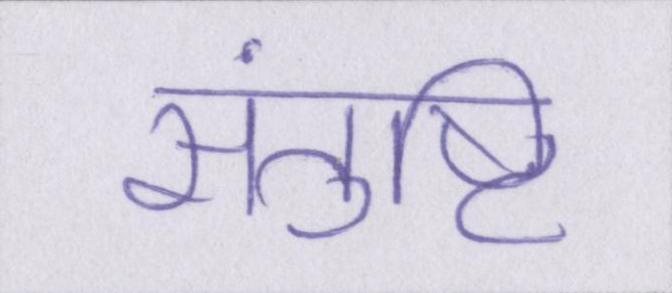
संतुष्टि